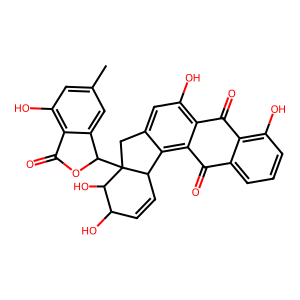
SMILES: Cc1cc(O)c2c(c1)C(C13Cc4cc(O)c5c(c4C1C=CC(O)C3O)C(=O)c1cccc(O)c1C5=O)OC2=O
Inhibits HIV replication: No